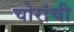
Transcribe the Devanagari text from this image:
चोरांची